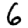
Digit: 6